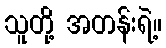
သူတို့ အတန်းရဲ့။